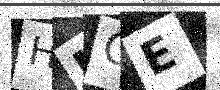
Text: HMOE